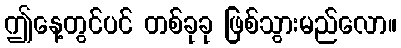
ဤနေ့တွင်ပင် တစ်ခုခု ဖြစ်သွားမည်လော။